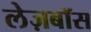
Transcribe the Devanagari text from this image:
लेज़बॉस